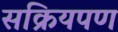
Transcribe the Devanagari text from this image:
सक्रियपण